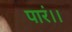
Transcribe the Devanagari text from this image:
पारं।।